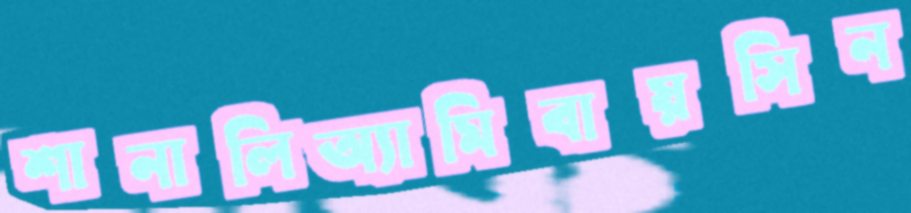
শানালিঅ্যামিবায়সিন